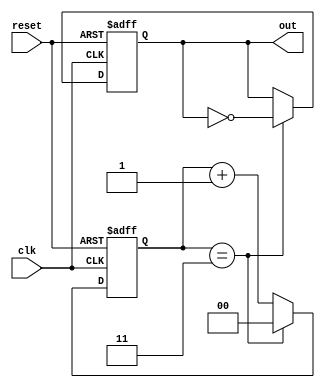
module divide_by_n_counter #(
    parameter N = 4  // Set the default value of N to 4
) (
    input wire clk,       // Clock input
    input wire reset,     // Asynchronous reset input
    output reg out        // Output signal that toggles every N clock cycles
);

    // Calculate the number of bits needed to represent the counter
    localparam COUNTER_WIDTH = $clog2(N);
    reg [COUNTER_WIDTH-1:0] count; // Counter state

    // Asynchronous reset and counting logic
    always @(posedge clk or posedge reset) begin
        if (reset) begin
            count <= 0;    // Reset the counter to zero
            out <= 0;      // Reset output to 0
        end else begin
            if (count == (N-1)) begin
                count <= 0; // Reset counter when it reaches N
                out <= ~out; // Toggle output
            end else begin
                count <= count + 1; // Increment the counter
            end
        end
    end

endmodule